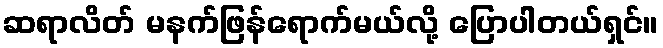
ဆရာလိတ် မနက်ဖြန်ရောက်မယ်လို့ ပြောပါတယ်ရှင်။